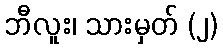
ဘီလူး၊ သားမှတ် (၂)